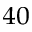
^ { 4 0 }